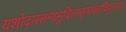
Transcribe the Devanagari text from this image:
यशोदास्तन्यमुदितस्तृणावर्तादिदुस्सहः।